General report no. 6 on the lunatic asylums, vaccination and dispensaries in the Bengal Presidency, 1873 -
Year: 1873
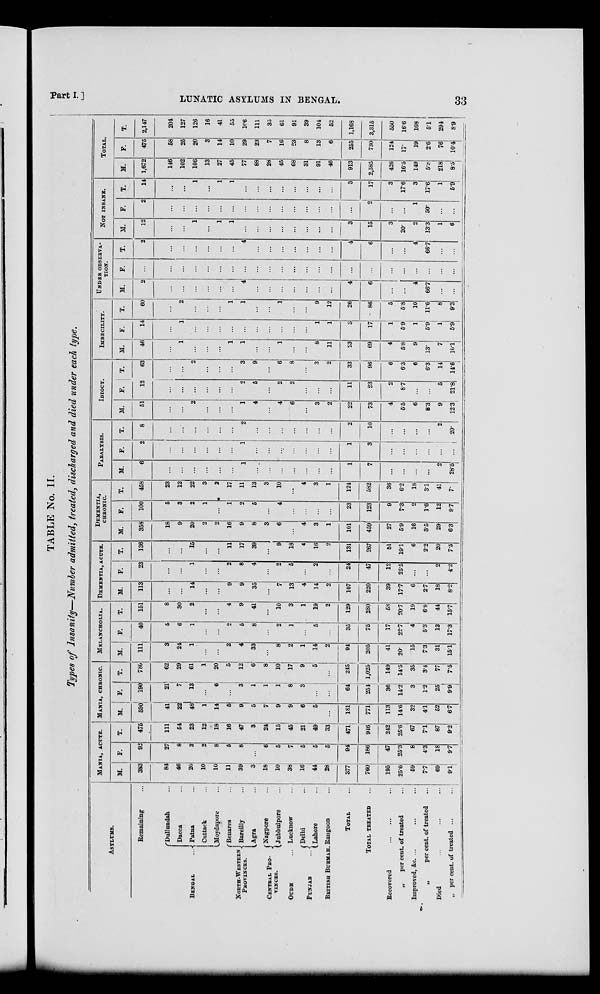
Part I.]
LUNATIC ASYLUMS IN BENGAL.
33
TABLE No. II.
Types of Insanity—Number admitted, treated, discharged and died under each type.
ASYLUMS.
Remaining ...
BENGAL ...
NORTH-WESTERN
PROVINCES.
CENTRAL PRO-
------.
OUDH ...
PUNJAB ...
BRITISH BURMAH.
Dullundah ...
Dacca ...
Patna ...
Cuttack ...
Moydapore ...
Benares ...
Bareilly ...
Agra ...
Nagpore ...
Jubbulpore ...
Lucknow ...
Delhi ...
Lahore ...
Rangoon ...
TOTAL ...
TOTAL TREATED ...
Recovered ... ... ...
„
per cent. of treated ...
Improved, &c. ... ... ...
„
per cent. of treated ...
Died ... ... ...
„ per cent. of treated ... ...
MANIA, ACUTE.
M.
383
84
46
20
10
10
11
39
3
18
10
38
16
44
28
377
760
195
25.6
59
7.7
69
9.1
F.
92
27
8
3
2
8
5
8
...
6
5
7
5
5
5
94
186
47
25.3
8
4.3
18
9.7
T.
475
111
54
23
12
18
16
47
3
24
15
45
21
49
33
471
946
242
25.6
67
7.1
87
9.2
MANIA, CHRONIC.
M.
590
41
22
48
1
14
5
9
5
7
9
9
6
5
...
181
771
113
14.6
32
4.1
52
6.7
F.
190
21
7
13
...
6
...
3
1
1
1
8
3
...
...
64
254
36
14.2
3
1.2
25
9.9
T.
780
62
29
61
1
20
5
12
6
8
10
17
9
5
...
245
1,025
149
14.5
35
3.4
77
7.
MELANCHOLIA.
M.
111
3
24
1
...
...
2
4
33
...
8
2
1
14
2
94
205
41
20.
15
7.3
31
15.1
F.
40
5
6
1
...
...
2
5
8
...
2
1
...
5
...
35
75
17
22.7
4
5.3
13
17.3
T.
151
8
30
2
...
...
4
9
41
...
10
3
1
19
2
129
280
58
20.7
19
6.8
44
15.7
DEMENTIA, ACUTE.
M.
113
...
...
14
...
...
9
9
35
...
7
13
4
14
2
107
220
39
17.7
6
2.7
18
8.2
F.
23
...
...
1
...
...
2
8
4
...
2
5
...
2
...
24
47
12
25.5
...
...
2
4.2
T.
136
...
...
15
...
...
11
17
39
...
9
18
4
16
2
131
267
51
19.1
6
2.2
20
7.5
DEMENTIA,
CHRONIC.
M.
358
18
9
20
2
2
16
9
8
3
6
...
4
3
1
101
459
27
5.9
16
3.5
29
6.3
F.
100
5
3
2
1
...
1
2
5
...
4
...
...
...
...
23
123
9
7.3
2
1.6
12
9.7
T.
458
23
12
22
3
2
17
11
13
3
10
...
4
3
1
124
582
36
6.2
18
3.1
41
7.
PARALYSIS.
M.
6
...
...
...
...
...
1
...
...
...
...
...
...
...
1
7
...
...
...
...
2
28.5
F.
2
...
...
...
...
...
...
1
...
...
...
...
...
...
...
1
3
...
...
...
...
...
...
T.
8
...
...
...
...
...
...
2
...
...
...
...
...
...
...
2
10
...
...
...
...
2
20.
IDIOCY.
M.
51
...
...
2
...
...
...
1
4
...
4
6
...
3
2
22
73
4
5.5
6
8.3
9
12.3
F.
12
...
...
...
...
...
...
2
5
...
2
2
...
...
...
11
23
2
8.7
...
...
5
21.8
T.
63
...
...
2
...
...
...
3
9
...
6
8
...
3
2
33
96
6
6.3
6
6.3
14
14.6
IMBECILITY.
M.
46
...
1
...
...
...
1
1
...
...
1
...
...
8
11
23
69
4
5.8
9
13.
7
10.1
F.
14
...
1
...
...
...
...
...
...
...
...
...
...
1
1
3
17
1
5.9
1
5.9
1
5.9
T.
60
...
2
...
...
...
1
1
...
...
1
...
...
9
12
26
86
5
5.8
10
11.6
8
9.3
UNDER OBSERVA-
----.
M.
2
...
...
...
...
...
...
4
...
...
...
...
...
...
...
4
6
...
...
4
66.7
...
...
F.
...
...
...
...
...
...
...
...
...
...
...
...
...
...
...
...
...
...
...
...
...
...
...
T.
2
...
...
...
...
...
...
4
...
...
...
...
...
...
...
4
6
...
...
4
66.7
...
...
NOT INSANE.
M.
12
...
...
1
...
1
1
...
...
...
...
...
...
...
...
3
15
3
20.
2
13.3
1
6
F.
2
...
...
...
...
...
...
...
...
...
...
...
...
...
...
...
2
...
...
1
50.
...
...
T.
14
...
...
1
...
1
1
...
...
...
...
...
...
...
...
3
17
3
17.6
3
17.6
1
5.9
TOTAL.
M.
1,672
146
102
106
13
27
45
77
88
28
45
68
31
91
46
913
2,585
426
16.5
149
5.8
218
8.5
F.
475
58
25
20
3
14
10
29
23
7
16
23
8
13
6
255
730
124
17.
19
2.6
76
10.4
T.
2,147
204
127
126
16
41
55
106
111
35
61
91
39
104
52
1,168
3,315
550
16.6
168
5.1
294
8.9